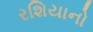
રશિયાનો